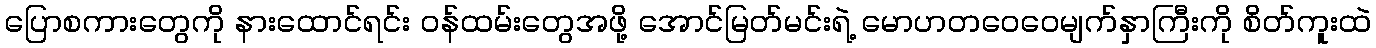
ပြောစကားတွေကို နားထောင်ရင်း ဝန်ထမ်းတွေအဖို့ အောင်မြတ်မင်းရဲ့ မောဟတဝေဝေမျက်နှာကြီးကို စိတ်ကူးထဲ